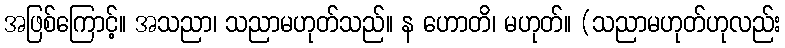
အဖြစ်ကြောင့်။ အသညာ၊ သညာမဟုတ်သည်။ န ဟောတိ၊ မဟုတ်။ (သညာမဟုတ်ဟုလည်း